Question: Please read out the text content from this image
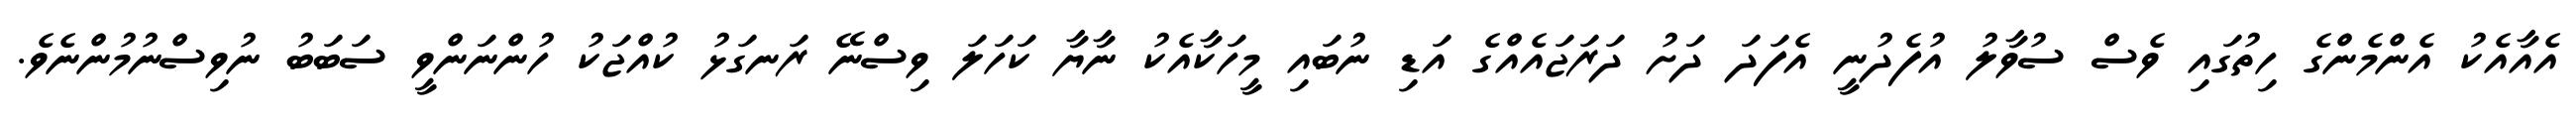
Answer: އެއާއެކު އެންމެންގެ ހިތުގައި ވެސް ސުވާލު އުފެދުނީ އެފަދަ ދަށު ދަރަޖައެއްގެ އަޑި ނުބައި މީހަކާއެކު ނާޔާ ކަހަލަ ވިސްނޭ ރަނގަޅު ކުއްޖަކު ހުންނަންވީ ސަބަބު ނުވިސްނުމުންނެވެ.